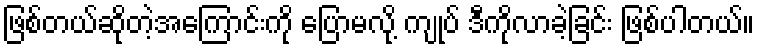
ဖြစ်တယ်ဆိုတဲ့အကြောင်းကို ပြောမလို့ ကျုပ် ဒီကိုလာခဲ့ခြင်း ဖြစ်ပါတယ်။